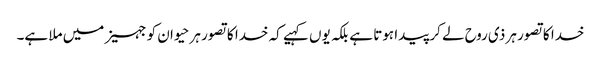
خدا کا تصور ہر ذی روح لے کر پیدا ہوتا ہے بلکہ یوں کہیے کہ خدا کا تصور ہر حیوان کو جہیز میں ملا ہے۔